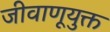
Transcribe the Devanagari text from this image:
जीवाणूयुक्त